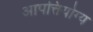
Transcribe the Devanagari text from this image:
आपत्तियोग्य